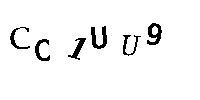
CC1UU9